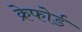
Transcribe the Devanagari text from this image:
क्रेफोर्ड